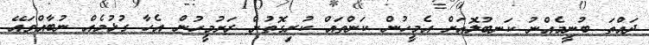
ދައްތަ ބުނީމެއްނު ކަނބުލޮއަށް އެމީހުން ކަންތައް ކުރިގޮތުން ރަށުމީހުން އެހާ ގުޅުމެއް ނުބާއްވައޭ